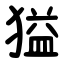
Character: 獈